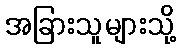
အခြားသူများသို့